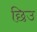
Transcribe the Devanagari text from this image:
छिउ